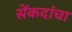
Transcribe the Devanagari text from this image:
सेंकदांचा